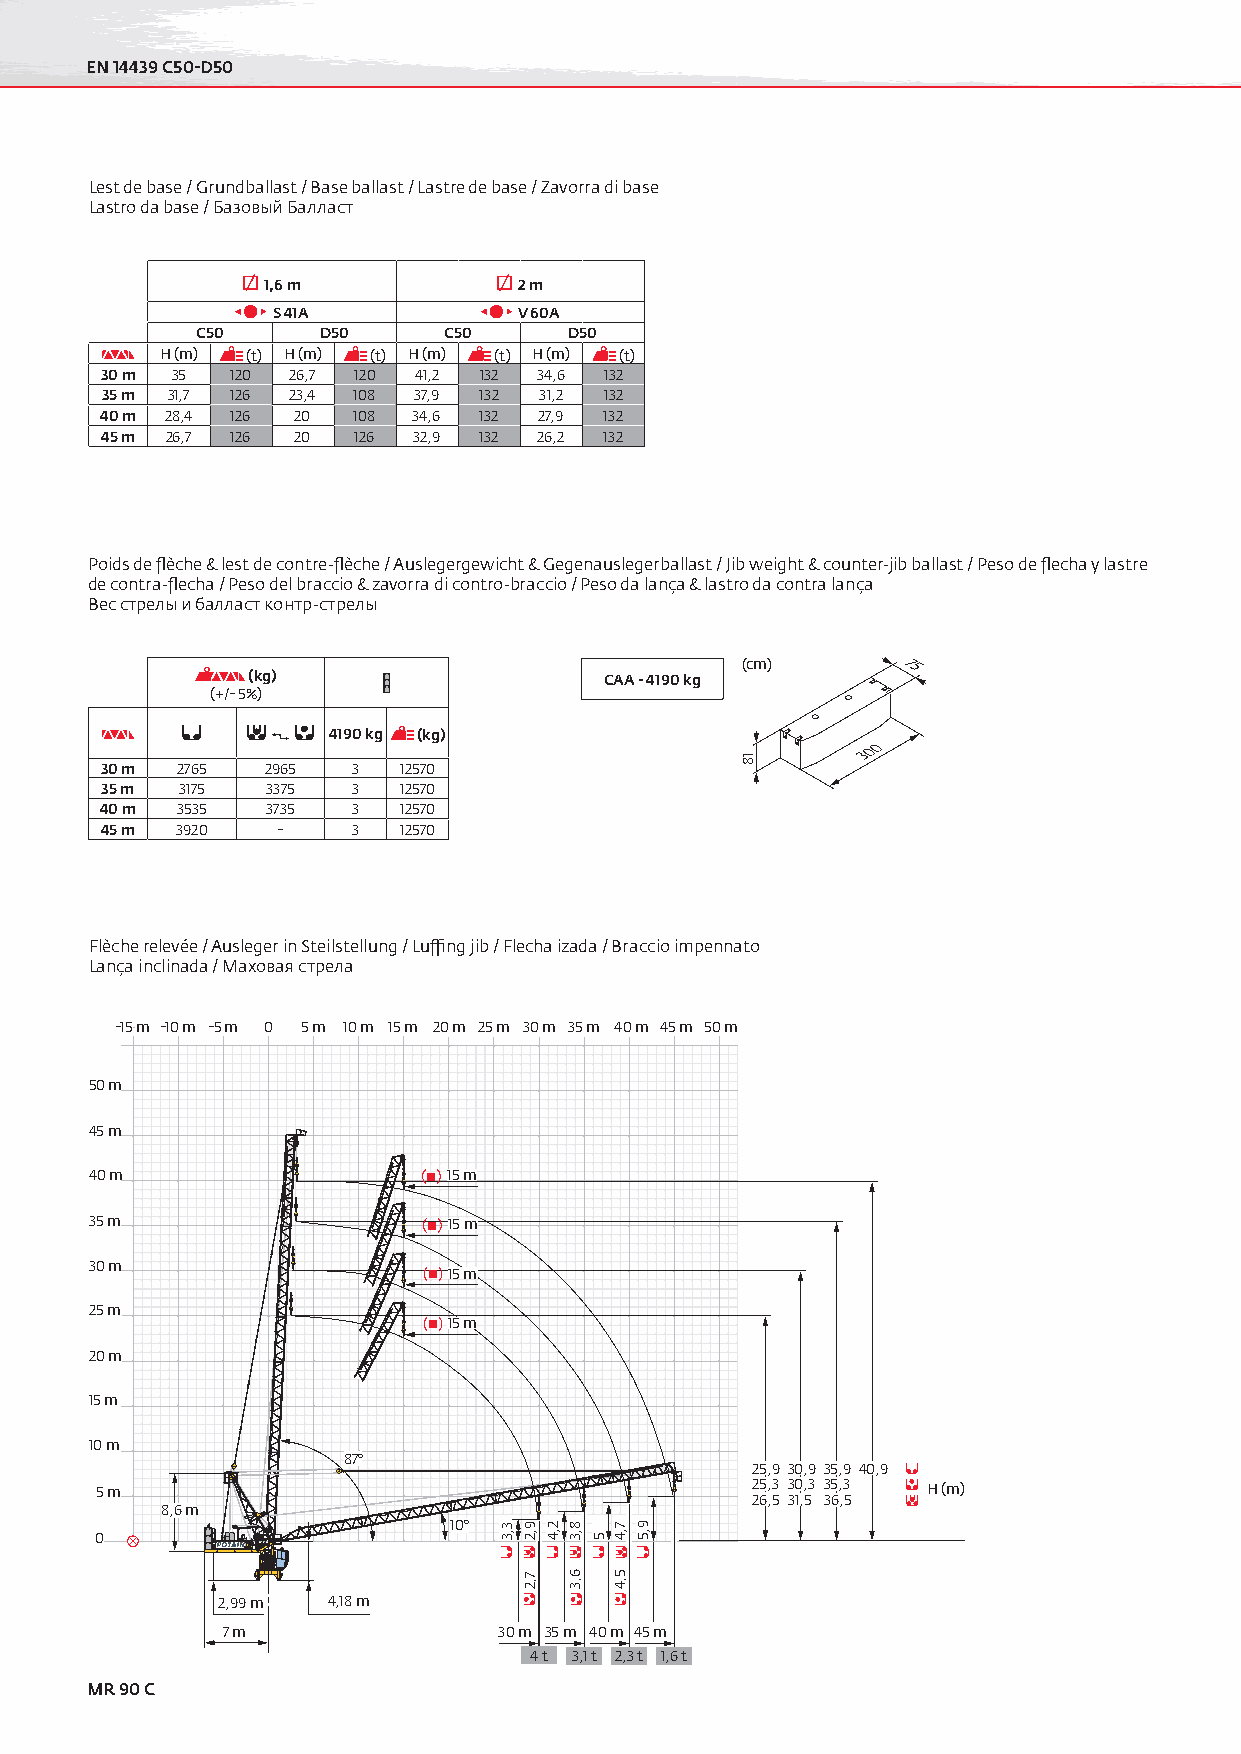
EN 14439 C50-D50
 Lest de base / Grundballast / Base ballast / Lastre de base / Zavorra di base
 Lastro da base / Базовый Балласт
 1,6 m            2 m
 S 41A           V 60A
 C50     D50     C50      D50
 H (m) (t) H (m) (t) H (m) (t) H (m) (t)
 30 m 35 120 26,7 120 41,2 132 34,6 132
 35 m 31,7 126 23,4 108 37,9 132 31,2 132
 40 m 28,4 126 20 108 34,6 132 27,9 132
 45 m 26,7 126 20 126 32,9 132 26,2 132
 Poids de flèche & lest de contre-flèche / Auslegergewicht & Gegenauslegerballast / Jib weight & counter-jib ballast / Peso de flecha y lastre
 de contra-flecha / Peso del braccio & zavorra di contro-braccio / Peso da lança & lastro da contra lança
 Вес стрелы и балласт контр-стрелы
 (kg)                    CAA - 4190 kg
 (cm)       75
 (+/- 5%)
 4190 kg (kg)
 300
 30 m 2765  2965 3  12570
 35 m 3175  3375 3  12570
 40 m 3535  3735 3  12570
 45 m 3920  -    3  12570
 Flèche relevée / Ausleger in Steilstellung / Luffing jib / Flecha izada / Braccio impennato
 Lança inclinada / Маховая стрела
 -15 m -10 m -5 m 0 5 m 10 m 15 m 20 m 25 m 30 m 35 m 40 m 45 m 50 m
 50 m
 45 m
 40 m                    15 m
 35 m                    15 m
 30 m
 15 m
 25 m
 15 m
 20 m
 15 m
 10 m
 87°
 25,9 30,9 35,9 40,9
 5 m                                         25,3 30,3 35,3 H (m)
 26,5 31,5 36,5
 8,6 m
 10°
 0
 2,99 m  4,18 m
 7 m               30 m 35 m 40 m 45 m
 4 t 3,1 t 2,3 t 1,6 t
 MR 90 C
 3,3 9,2
 7,2
 2,4 8,3
 6,3
 5
 7,4
 5,4
 9,5
 18